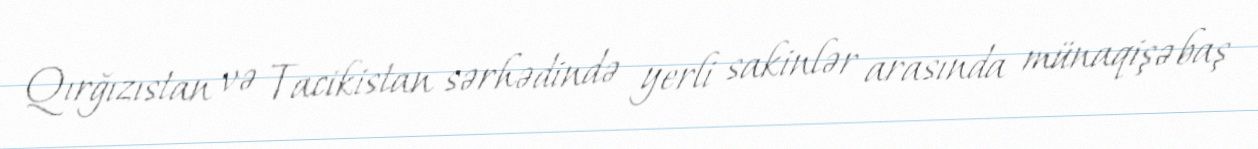
Qırğızıstan və Tacikistan sərhədində yerli sakinlər arasında münaqişə baş